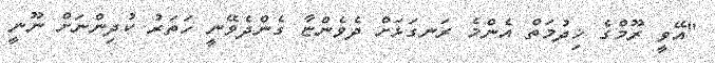
"އޭވީ ރޫމްގެ ޚިދުމަތް އެންމެ ރަނގަޅަށް ދެވެންޏާ ގެންދެވޭނީ ހަތަރު ކުދިންނަށް ނޫނީ